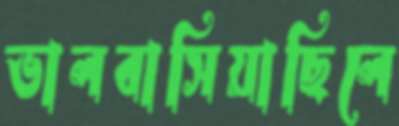
ভালবাসিয়াছিলে